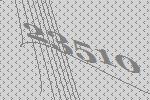
23510